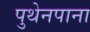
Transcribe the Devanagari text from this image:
पुथेनपाना